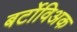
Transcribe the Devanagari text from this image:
बर्टोविअक